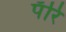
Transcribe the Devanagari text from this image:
पॅरि